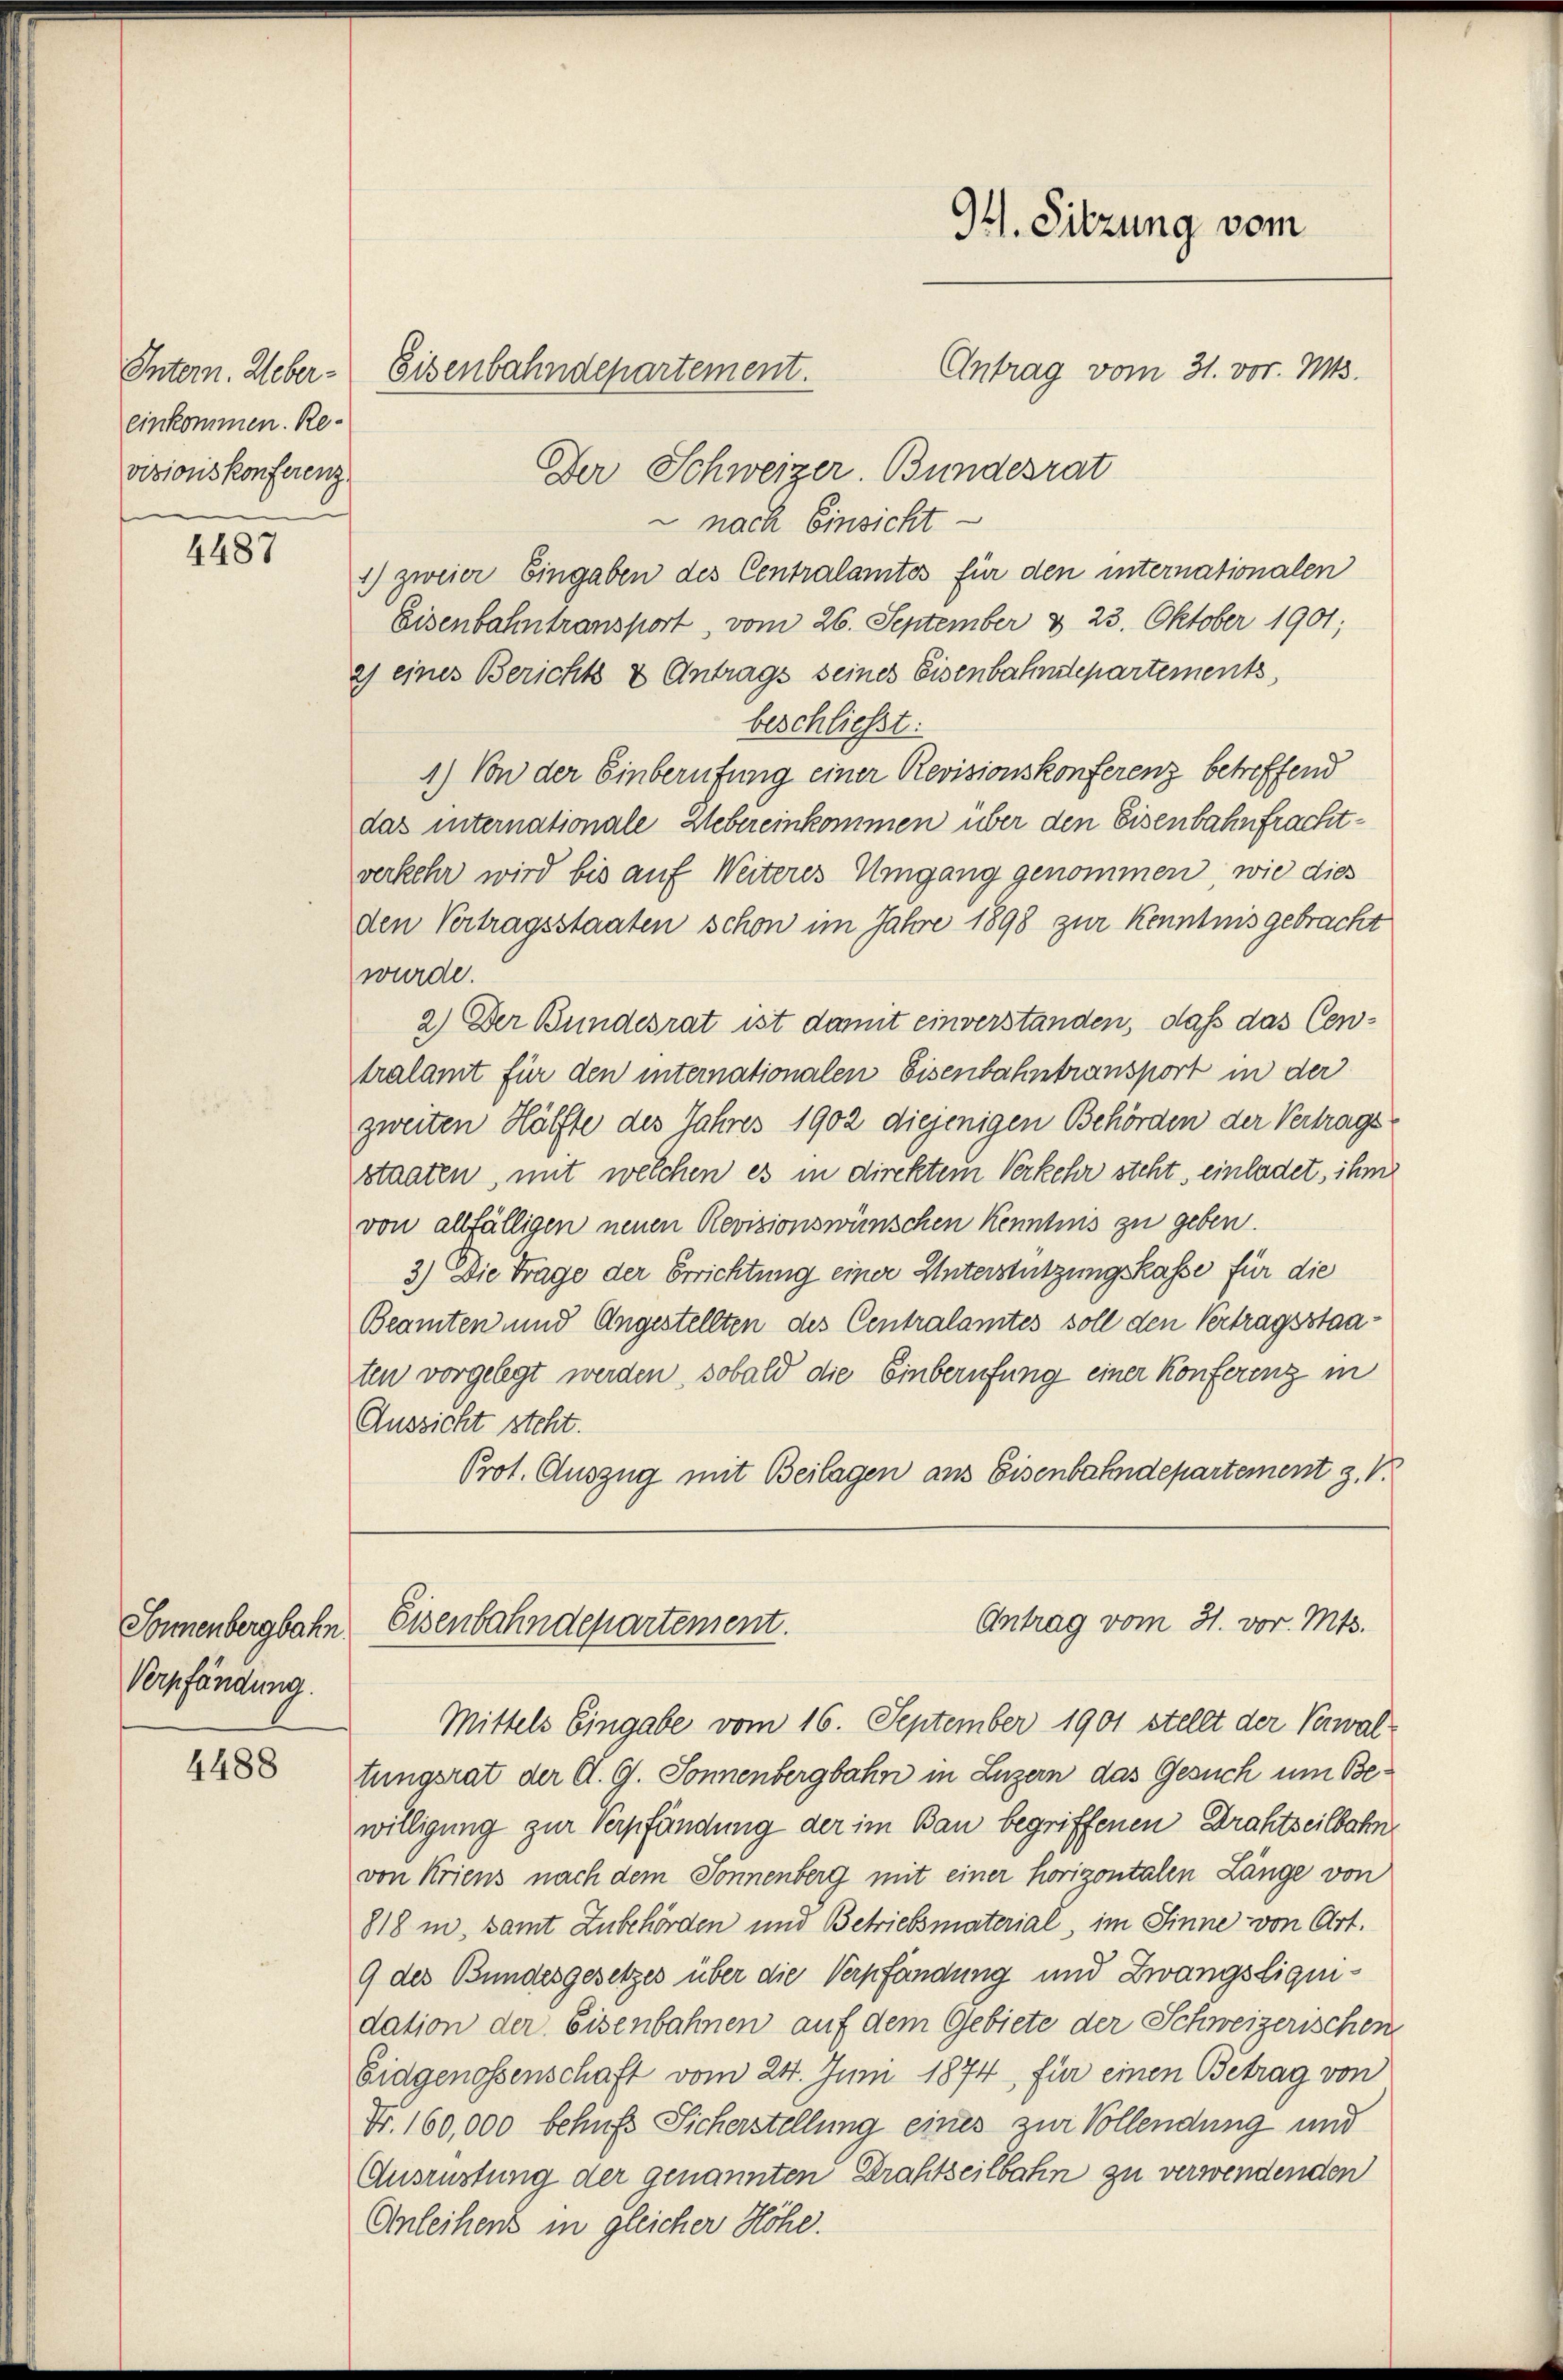
einkommen. Re-
vizionskonferenz.

4487

Sonnenbergbahn
Verpfändung.

4488

c
94. Sitzung vom
Antrag vom 31. vor. Mts.
Intern. Ueber- Eisenbahndepartement.

Der Schweizer. Bundesrat
 nach Einsicht
1) zweier Eingaben des Centralamtes für den internationalen
Eisenbahntransport, vom 26. September & 23. Oktober 1901;
2) eines Berichts & Antrags seines Eisenbahndepartements
beschließt:
1.) Von der Einberufung einer Revisionskonferenz betreffend
das internationale Uebereinkommen über den Eisenbahnfrachtverkehr wird bis auf Weiteres Umgang genommen, wie dies
den Vertragsstaaten schon im Jahre 1898 zur Kenntnis gebracht
wurde.
2.) Der Bundesrat ist damit einverstanden, daß das Centralamt für den internationalen Eisenbahntransport in der
zweiten Hälfte des Jahres 1902 diejenigen Behörden der Vertrags
staaten, mit welchen es in direktem Verkehr steht, einladet, ihm
von allfälligen neuen Revisionswünschen Kenntnis zu geben.
3.) Die Trage der Errichtung einer Unterstützungskasse für die
Beamten und Angestellten des Centralamtes soll den Vertragsstaaten vorgelegt werden, sobald die Einberufung einer Konferenz in
Aussicht steht.
Prot. Auszug mit Beilagen aus Eisenbahndepartement z. V.
Antrag vom 31. vor. Mts.
Eisenbahndepartement.
Mittels Eingabe vom 16. September 1901 stellt der Verwaltungsrat der A. G. Sonnenbergbahn in Luzern das Gesuch um Bewilligung zur Verpfändung der im Bau begriffenen Drahtseilbahnvon Kriens nach dem Sonnenberg mit einer horizontalen Länge von
818 in samt Zubehörden und Betriebsmaterial, im Sinne von Art.
9 des Bundesgesetzes über die Verpfändung und Zwangsliquidation der Eisenbahnen auf dem Gebiete der Schweizerischen
Eidgenossenschaft vom 24. Juni 1874, für einen Betrag von
Nr. 160,000 behufs Sicherstellung eines zur Vollendung und
Ausrüstung der genannten Drahtseilbahn zu verwendenden
Anleihens in gleicher Höhe.